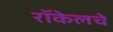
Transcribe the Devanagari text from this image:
रॉकेलचे